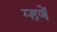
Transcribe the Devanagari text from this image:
म्हणें